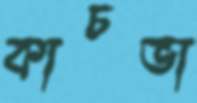
কাচভা